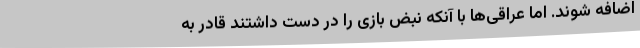
اضافه شوند. اما عراقی‌ها با آنکه نبض بازی را در دست داشتند قادر به